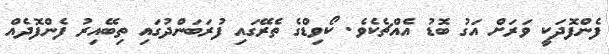
ފެންފޮދަކީ ވަރަށް އަގު ބޮޑު އެއްޗެކެވެ. ކޯވިޑްގެ ތެރޭގައި ފުރަބަންދުގައި ތިބޭއިރު ފެންފޮދެއް